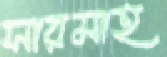
সারমাহ